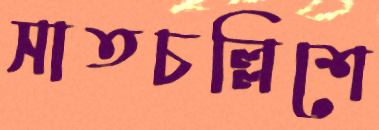
সাতচল্লিশে